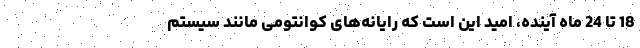
18 تا 24 ماه آینده، امید این است که رایانه‌های کوانتومی مانند سیستم